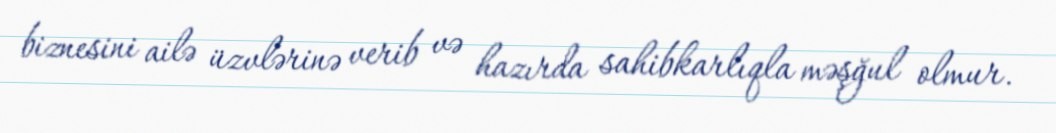
biznesini ailə üzvlərinə verib və hazırda sahibkarlıqla məşğul olmur.